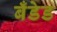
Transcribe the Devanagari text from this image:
बँडेड